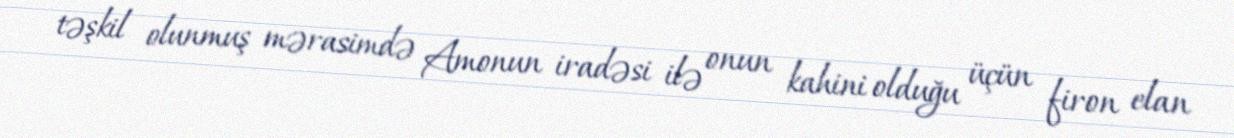
təşkil olunmuş mərasimdə Amonun iradəsi ilə onun kahini olduğu üçün firon elan